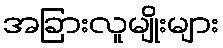
အခြားလူမျိုးများ